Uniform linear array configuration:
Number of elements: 32
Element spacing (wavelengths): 0.5
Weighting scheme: hamming
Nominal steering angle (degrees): -60
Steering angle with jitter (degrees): -61.882
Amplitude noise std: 0.05
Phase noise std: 0.05

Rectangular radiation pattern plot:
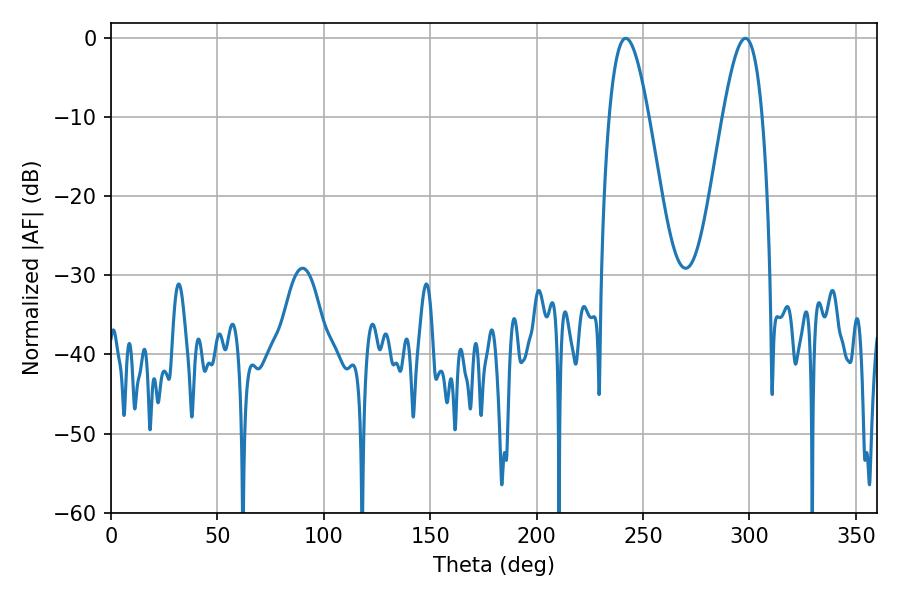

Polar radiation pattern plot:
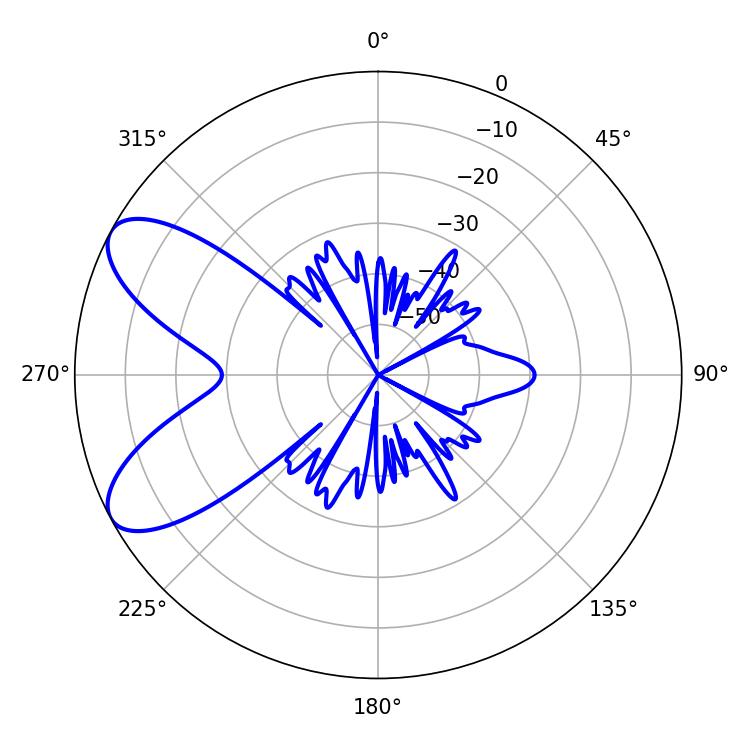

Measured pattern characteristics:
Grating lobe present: FALSE
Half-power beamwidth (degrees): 10.08
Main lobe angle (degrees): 241.92